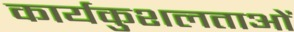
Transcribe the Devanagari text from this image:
कार्यकुशलताओं